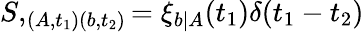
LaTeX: S,_{(A,t_{1})(b,t_{2})}=\xi_{b|A}(t_{1})\delta(t_{1}-t_{2})